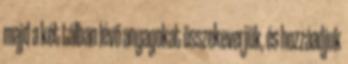
majd a két tálban lévő anyagokat összekeverjük, és hozzáadjuk